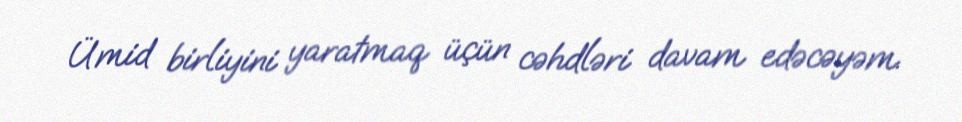
Ümid birliyini yaratmaq üçün cəhdləri davam edəcəyəm.